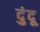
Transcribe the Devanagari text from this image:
दुंदू